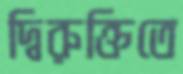
দ্বিরুক্তিতে